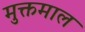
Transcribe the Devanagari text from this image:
मुक्तमाल